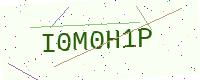
Text: I0M0H1P